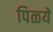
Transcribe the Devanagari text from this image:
पिळये